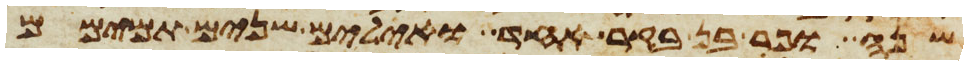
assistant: שנה ופר בן בקר אחד ואילים שנים תמימם